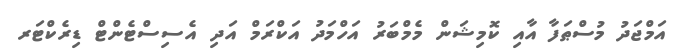
އަމްޖަދު މުސްޠަފާ އާއި ކޮމިޝަން މެމްބަރު އަހްމަދު އަކްރަމް އަދި އެސިސްޓެންޓް ޑިރެކްޓަރ